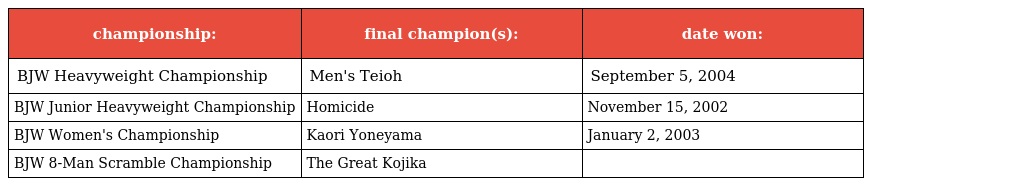
| championship: | final champion(s): | date won: |
 | --- | --- | --- |
 | BJW Heavyweight Championship | Men's Teioh | September 5, 2004 |
 | BJW Junior Heavyweight Championship | Homicide | November 15, 2002 |
 | BJW Women's Championship | Kaori Yoneyama | January 2, 2003 |
 | BJW 8-Man Scramble Championship | The Great Kojika |  |